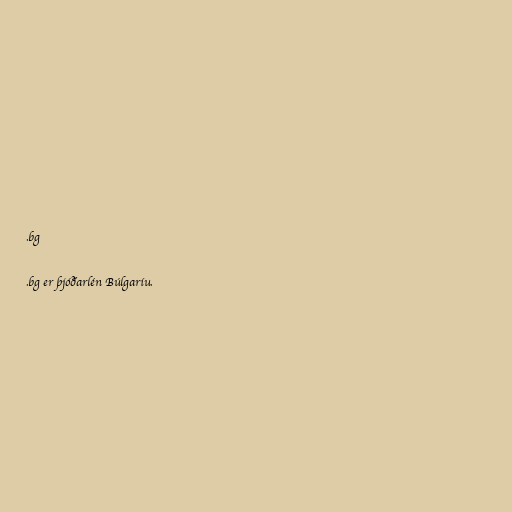
.bg

.bg er þjóðarlén Búlgaríu.